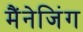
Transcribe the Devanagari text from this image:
मैंनेजिंग